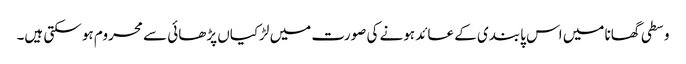
وسطی گھانا میں اس پابندی کے عائد ہونے کی صورت میں لڑکیاں پڑھائی سے محروم ہو سکتی ہیں۔